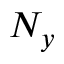
N _ { y }